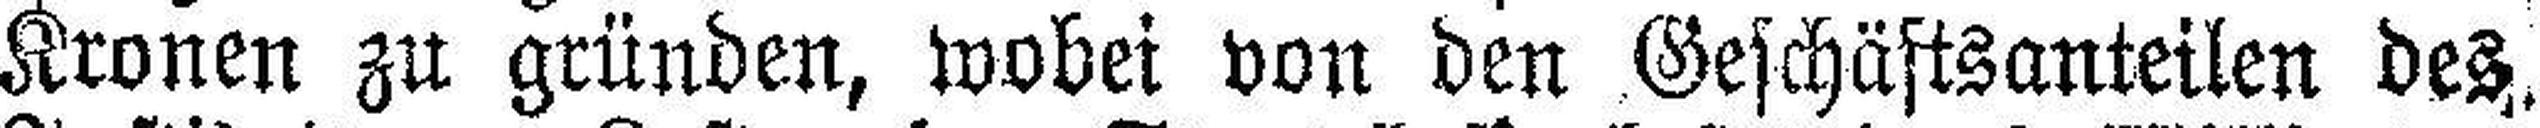
Kronen zu gründen, wobei von den Geschäftsanteilen des.